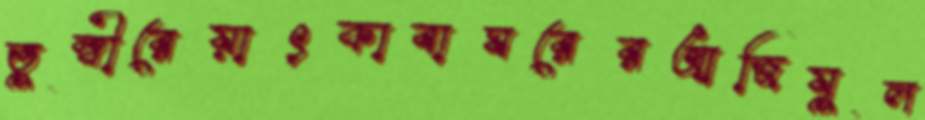
তুম্বীরেয়াৎকাবাঘরেরআজিযুল